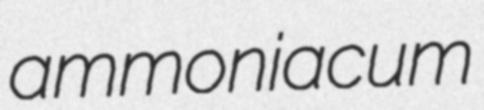
ammoniacum